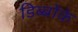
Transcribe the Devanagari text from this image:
डिब्बोंके